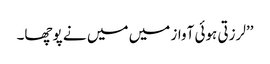
’’لرزتی ہوئی آواز میں میں نے پوچھا۔